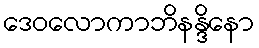
ဒေဝလောကာဘိနန္ဒိနော